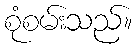
စုံစမ်းသည်။